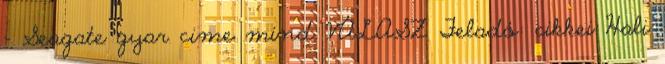
- Seagate gyar cime mind VÁLASZ Feladó: cikkei Hali